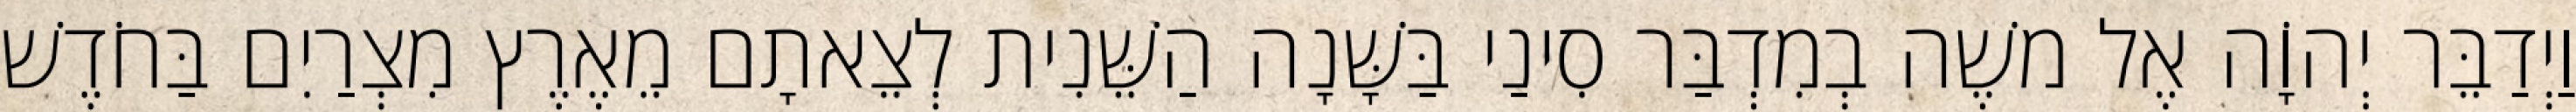
וַיְדַבֵּר יְהוָֹה אֶל משֶׁה בְמִדְבַּר סִינַי בַּשָּׁנָה הַשֵּׁנִית לְצֵאתָם מֵאֶרֶץ מִצְרַיִם בַּחֹדֶשׁ